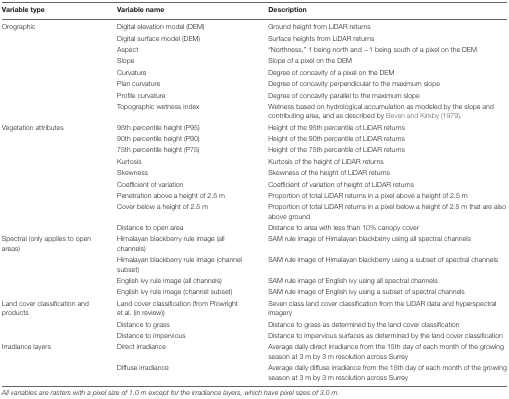
<table><thead><tr><td><b>Variable type</b></td><td><b>Variable name</b></td><td><b>Description</b></td></tr></thead><tbody><tr><td>Orographic</td><td>Digital elevation model (DEM)</td><td>Ground height from LiDAR returns</td></tr><tr><td></td><td>Digital surface model (DEM)</td><td>Surface heights from LiDAR returns</td></tr><tr><td></td><td>Aspect</td><td>“Northness,” 1 being north and -1 being south of a pixel on the DEM</td></tr><tr><td></td><td>Slope</td><td>Slope of a pixel on the DEM</td></tr><tr><td></td><td>Curvature</td><td>Degree of concavity of a pixel on the DEM</td></tr><tr><td></td><td>Plan curvature</td><td>Degree of concavity perpendicular to the maximum slope</td></tr><tr><td></td><td>Profile curvature</td><td>Degree of concavity parallel to the maximum slope</td></tr><tr><td></td><td>Topographic wetness index</td><td>Wetness based on hydrological accumulation as modeled by the slope and contributing area, and as described by Beven and Kirkby (1979).</td></tr><tr><td>Vegetation attributes</td><td>95th percentile height (P95)</td><td>Height of the 95th percentile of LiDAR returns</td></tr><tr><td></td><td>90th percentile height (P90)</td><td>Height of the 90th percentile of LiDAR returns</td></tr><tr><td></td><td>75th percentile height (P75)</td><td>Height of the 75th percentile of LiDAR returns</td></tr><tr><td></td><td>Kurtosis</td><td>Kurtosis of the height of LiDAR returns</td></tr><tr><td></td><td>Skewness</td><td>Skewness of the height of LiDAR returns</td></tr><tr><td></td><td>Coefficient of variation</td><td>Coefficient of variation of height of LiDAR returns</td></tr><tr><td></td><td>Penetration above a height of 2.5 m</td><td>Proportion of total LiDAR returns in a pixel above a height of 2.5 m</td></tr><tr><td></td><td>Cover below a height of 2.5 m</td><td>Proportion of total LiDAR returns in a pixel below a height of 2.5 m that are also above ground</td></tr><tr><td></td><td>Distance to open area</td><td>Distance to area with less than 10% canopy cover</td></tr><tr><td>Spectral (only applies to open areas)</td><td>Himalayan blackberry rule image (all channels)</td><td>SAM rule image of Himalayan blackberry using all spectral channels</td></tr><tr><td></td><td>Himalayan blackberry rule image (channel subset)</td><td>SAM rule image of Himalayan blackberry using a subset of spectral channels</td></tr><tr><td></td><td>English ivy rule image (all channels)</td><td>SAM rule image of English ivy using all spectral channels</td></tr><tr><td></td><td>English ivy rule image (channel subset)</td><td>SAM rule image of English ivy using a subset of spectral channels</td></tr><tr><td>Land cover classification and products</td><td>Land cover classification (from Plowright et al. (in review))</td><td>Seven class land cover classification from the LiDAR data and hyperspectral imagery</td></tr><tr><td></td><td>Distance to grass</td><td>Distance to grass as determined by the land cover classification</td></tr><tr><td></td><td>Distance to impervious</td><td>Distance to impervious surfaces as determined by the land cover classification</td></tr><tr><td>Irradiance layers</td><td>Direct irradiance</td><td>Average daily direct irradiance from the 15th day of each month of the growing season at 3 m by 3 m resolution across Surrey</td></tr><tr><td></td><td>Diffuse irradiance</td><td>Average daily diffuse irradiance from the 15th day of each month of the growing season at 3 m by 3 m resolution across Surrey</td></tr></tbody></table>